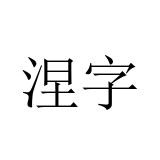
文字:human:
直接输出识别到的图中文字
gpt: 涅字